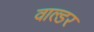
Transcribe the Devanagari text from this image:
वाल्डर